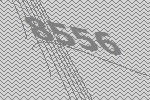
8556